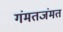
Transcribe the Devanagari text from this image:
गंमतजंमत